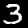
Digit: 3